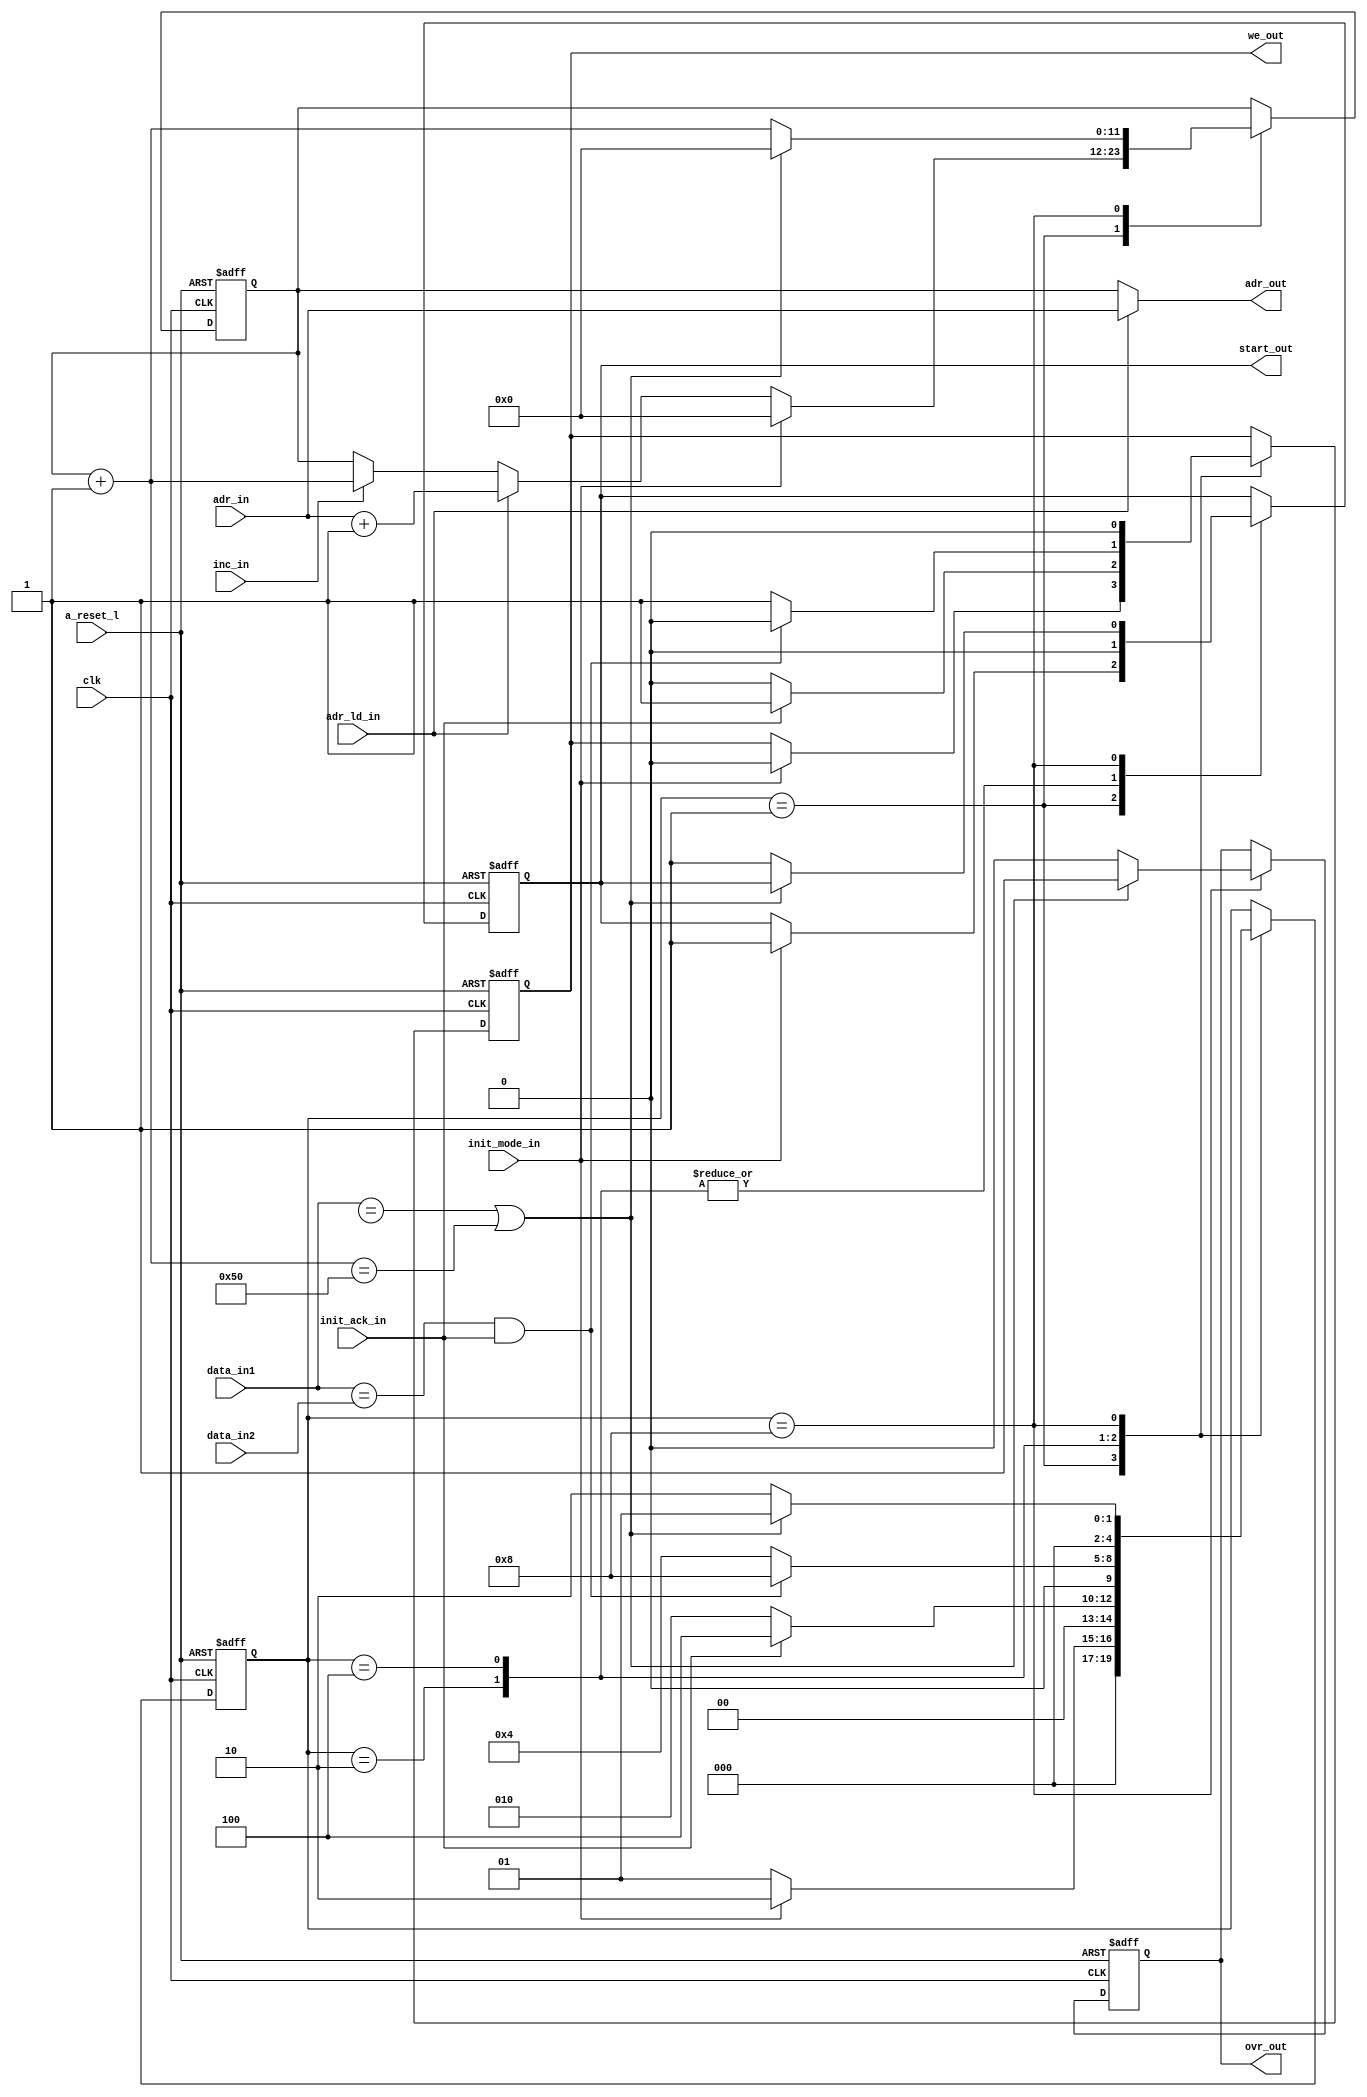
module pram_adr_cnt (
	clk,
	a_reset_l,
	adr_in,
	adr_ld_in,
	inc_in,
	init_mode_in,
	init_ack_in,
	data_in1,
	data_in2,
	adr_out,
	we_out,
	start_out,
	ovr_out
);
parameter data_wl = 16;		
parameter adr_wl  = 12;
input 					clk;
input 					a_reset_l;
input 	[adr_wl-1:0]	adr_in;			// input address for load case
input 					adr_ld_in;		// load input address 
input 					inc_in;			// increment address
input					init_mode_in;	// initialisation mode -> copy data from WB ram to PRAM, after start set to one
input					init_ack_in;	// acknowledge from wishbone port
input	[data_wl-1:0]	data_in1;		// PRAM data ports in 
input	[data_wl-1:0]	data_in2;		// PRAM data ports out , to compare data 

output 	[adr_wl-1:0]	adr_out;		// address to local PRAM, in case of init PRAM connect to WB interface
output					we_out;			// write enable of PRAM 
output					ovr_out;		// goes to 1, if all data copied from WB RAM, counter simply overflows
output					start_out;

reg 	[adr_wl-1:0]	adr_out_reg, nxt_adr_out;
reg						ovr_out_reg, nxt_ovr_out;
reg						we_out_reg, nxt_we_out;
reg 					start_out_reg, nxt_start_out;

// states of state machine, 1hot
localparam [4:0]
RUN   = 5'b00001,
INIT  = 5'b00010,
WAIT  = 5'b00100,
ADR   = 5'b01000;
reg [4:0] current_state, nxt_state;
	

always @(posedge clk or negedge a_reset_l)
	begin
		if (a_reset_l == 1'b0)	
			begin
				current_state	<= RUN;
				adr_out_reg 	<= 'b0;
				ovr_out_reg		<= 'b0;
				we_out_reg 		<= 'b0;
				start_out_reg	<= 'b0;
				
			end
		else
			begin
				current_state 	<= nxt_state;
				adr_out_reg 	<= nxt_adr_out;
				ovr_out_reg		<= nxt_ovr_out;
				we_out_reg 		<= nxt_we_out;
				start_out_reg	<= nxt_start_out;
			end
	end
	
always @(*)
	begin
		nxt_state 	= current_state;
		nxt_adr_out = adr_out_reg;
		nxt_ovr_out	= ovr_out_reg;
		nxt_we_out 	= we_out_reg;
		nxt_start_out	= start_out_reg;
		
		case(current_state)
			RUN:				// normal operation, increment, load data	
				begin
					if (adr_ld_in == 1'b1) 
						nxt_adr_out = adr_in + 1;
					else if (inc_in == 1'b1) 
						nxt_adr_out = nxt_adr_out + 1;
					else 
						nxt_adr_out = nxt_adr_out;
	
					//init mode active
					if(init_mode_in == 1'b1)
						begin
							nxt_state     = INIT;
							nxt_adr_out   = 'b0;
							nxt_we_out	  = 1'b0;
							nxt_start_out = 1'b1;
						end
					else
						nxt_state = RUN;
				
				end
				
			INIT:			// init mode copy data from whishbone memory to program ram
				begin
					nxt_start_out	= 1'b0;
					
					if(init_ack_in == 1'b1)		// wait for acknowledgement from WishBone memory
						begin
							nxt_we_out	= 1'b1;
							nxt_state  	= WAIT;
							//nxt_state  	= ADR;
						end
					else
						begin
							nxt_we_out 	= 1'b0;
							nxt_state 	= INIT;
						end
					
				end
				
			WAIT:	// compare incoming with outgoing data of program ram	
				begin
					nxt_start_out	= 1'b0;
					if(data_in1 == data_in2 && init_ack_in == 1'b1)	// wait for correct data at PRAM data_out 
						begin		
							nxt_state   = ADR;
							nxt_we_out  = 1'b0;
						end
					else
						begin
							nxt_we_out  = 1'b1;
							nxt_state   = WAIT;
						end
				end
				
			ADR:	// switch to next address 
				begin
					nxt_we_out 	= 1'b0;
					nxt_adr_out = nxt_adr_out + 1;
					
					//if(nxt_adr_out == 12'bxxxx)	//12bit adr
					if(data_in1 == 16'bxxxx || nxt_adr_out == 12'h050 )	//12bit adr
						begin
							nxt_state   = RUN;
							nxt_ovr_out = 1'b1;
							nxt_adr_out = 12'b0;
						end
					else
						begin
							nxt_ovr_out = 1'b0;
							nxt_state   = INIT;
							nxt_start_out	= 1'b1;
						end
				end
			default:
				begin
				
				end
				
		endcase
		
	end 
	assign adr_out = (adr_ld_in==1'b0)? adr_out_reg : adr_in;
	assign ovr_out = ovr_out_reg;
	assign start_out = start_out_reg;
	assign we_out  = we_out_reg;
	
	
endmodule